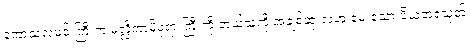
ကောသလမင်းကြီးက မလ္လိကာမိဖုရားကြီးကို ဘယ်သူကို အချစ်ဆုံးလဲဟု မေးသော ပိယတရသုတ်၊